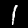
Label: 1